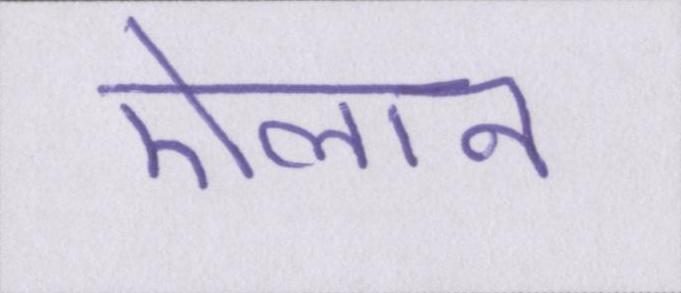
ऐलान